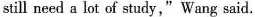
still need a lot of study,"Wang said.